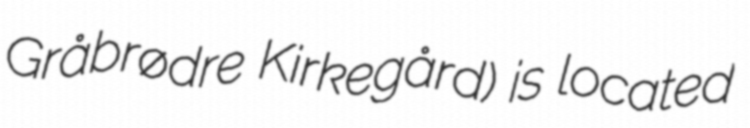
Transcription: Gråbrødre Kirkegård) is located